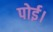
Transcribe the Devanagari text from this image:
पोई।